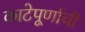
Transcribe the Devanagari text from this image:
काटेपूर्णाची